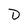
Character: D